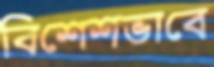
বিশেশভাবে